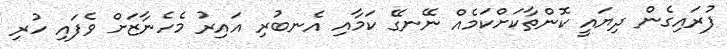
ފުރައިގެން ދިޔައީ ކޮންތާކަށްކަމެއް ނޭނގޭ ކަމާއި އެނބުރި އައިރު މެހެނާޒަށް ވެފައި ހުރި